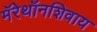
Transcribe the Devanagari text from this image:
मॅरेथॉनशिवाय